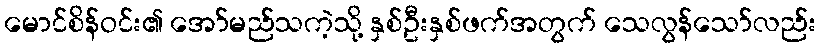
မောင်စိန်ဝင်း၏ အော်မည်သကဲ့သို့ နှစ်ဦးနှစ်ဖက်အတွက် သေလွန်သော်လည်း